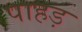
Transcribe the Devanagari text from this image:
पाहड़